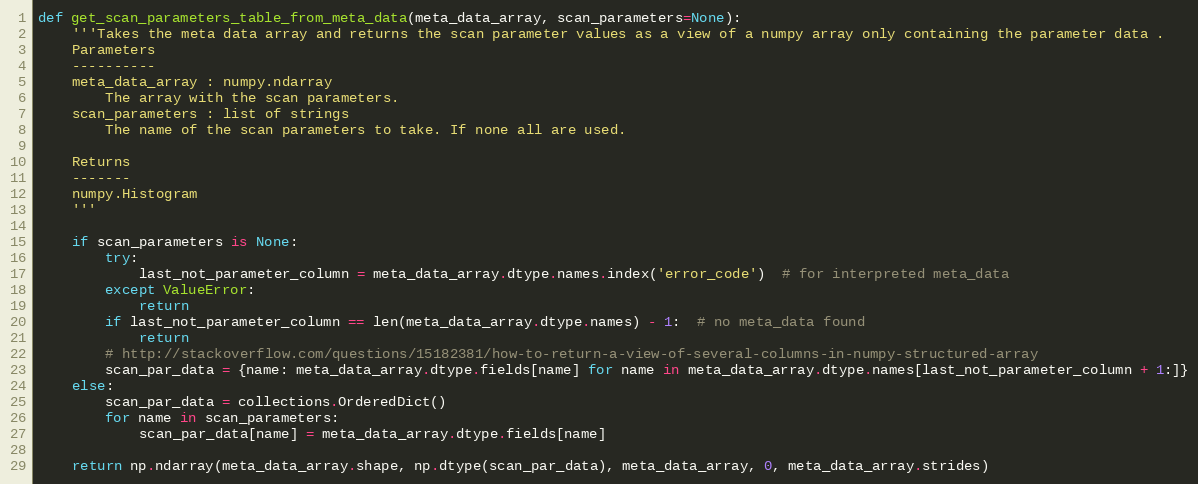
Language: Python
def get_scan_parameters_table_from_meta_data(meta_data_array, scan_parameters=None):
    '''Takes the meta data array and returns the scan parameter values as a view of a numpy array only containing the parameter data .
    Parameters
    ----------
    meta_data_array : numpy.ndarray
        The array with the scan parameters.
    scan_parameters : list of strings
        The name of the scan parameters to take. If none all are used.

    Returns
    -------
    numpy.Histogram
    '''

    if scan_parameters is None:
        try:
            last_not_parameter_column = meta_data_array.dtype.names.index('error_code')  # for interpreted meta_data
        except ValueError:
            return
        if last_not_parameter_column == len(meta_data_array.dtype.names) - 1:  # no meta_data found
            return
        # http://stackoverflow.com/questions/15182381/how-to-return-a-view-of-several-columns-in-numpy-structured-array
        scan_par_data = {name: meta_data_array.dtype.fields[name] for name in meta_data_array.dtype.names[last_not_parameter_column + 1:]}
    else:
        scan_par_data = collections.OrderedDict()
        for name in scan_parameters:
            scan_par_data[name] = meta_data_array.dtype.fields[name]

    return np.ndarray(meta_data_array.shape, np.dtype(scan_par_data), meta_data_array, 0, meta_data_array.strides)